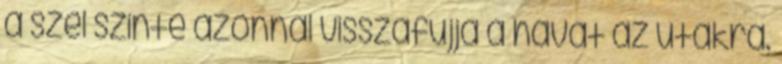
a szél szinte azonnal visszafújja a havat az utakra.